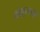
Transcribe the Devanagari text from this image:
कोडुन्ङल्लूर